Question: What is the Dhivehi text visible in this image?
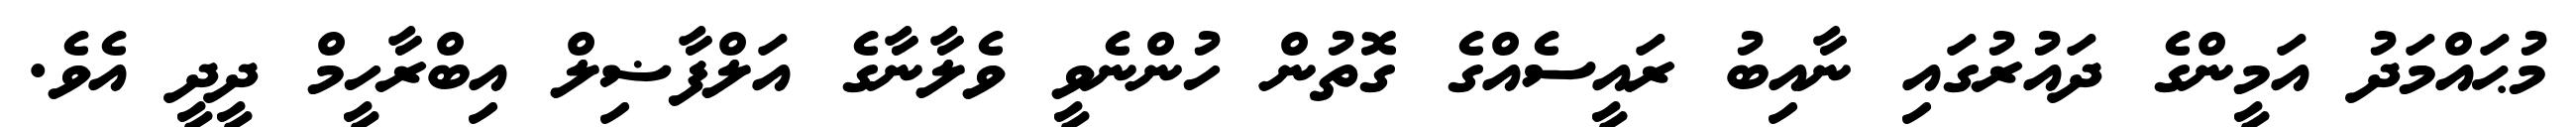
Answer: މުޙައްމަދު އަމީންގެ ދައުރުގައި ނާއިބު ރައީސެއްގެ ގޮތުން ހުންނެވީ ވެލާނާގެ އަލްފާޟިލް އިބްރާހީމް ދީދީ އެވެ.